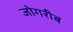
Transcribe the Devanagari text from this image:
जोगरीब